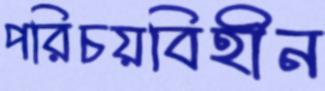
পরিচয়বিহীন